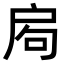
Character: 𢩁